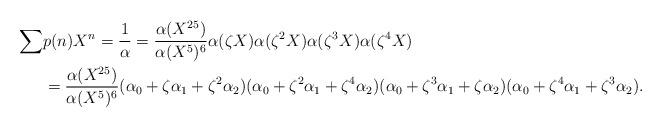
LaTeX: \begin{align*}\sum& p(n)X^n=\frac{1}{\alpha}=\frac{\alpha(X^{25})}{\alpha(X^5)^6}\alpha(\zeta X)\alpha(\zeta^2X)\alpha(\zeta^3X)\alpha(\zeta^4X)\\&=\frac{\alpha(X^{25})}{\alpha(X^5)^6}(\alpha_0+\zeta\alpha_1+\zeta^2\alpha_2)(\alpha_0+\zeta^2\alpha_1+\zeta^4\alpha_2)(\alpha_0+\zeta^3\alpha_1+\zeta\alpha_2)(\alpha_0+\zeta^4\alpha_1+\zeta^3\alpha_2).\end{align*}